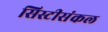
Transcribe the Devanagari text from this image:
सिस्टीसंकल